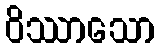
ဝိဿာသော